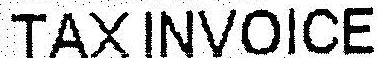
TAX INVOICE